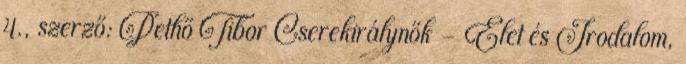
4., szerző: Pethő Tibor Cserekirálynők - Élet és Irodalom,